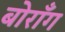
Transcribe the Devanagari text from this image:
बोराँग